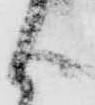
よ